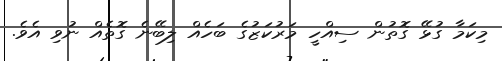
މިކަމާ ގުޅޭ ގޮތުން ސިއްހީ މަރުކަޒުގެ ބަހެއް ލިބޭނެ ގޮތެއް ނުވި އެވެ.